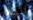
إتجاه